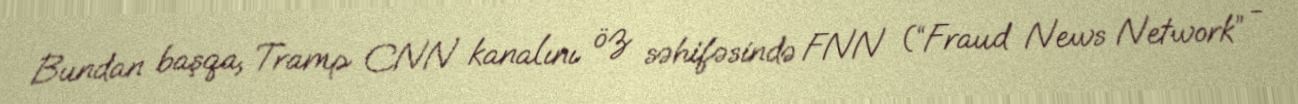
Bundan başqa, Tramp CNN kanalını öz səhifəsində FNN (“Fraud News Network” -